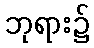
ဘုရား၌